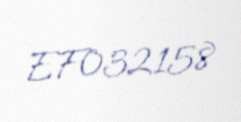
EF032158